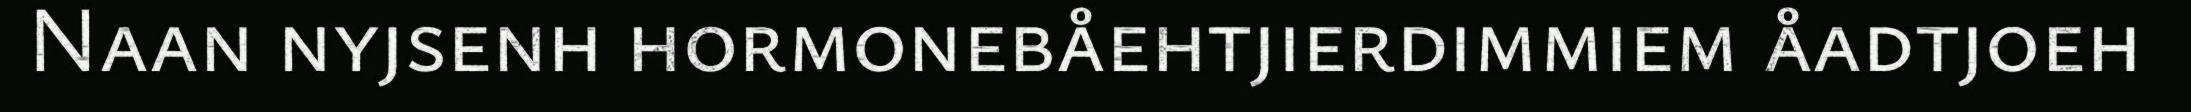
Naan nyjsenh hormonebåehtjierdimmiem åadtjoeh